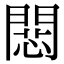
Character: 𢠶